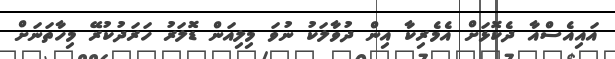
އައިއެސްއާ ދެކޮޅަށް އެމެރިކާ އިން ދުވާލަކު ނުވަ މިލިއަން ޑޮލަރު ހަރަދުކުރޭ މިހާތަނަށް